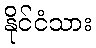
နိုင်ငံသား